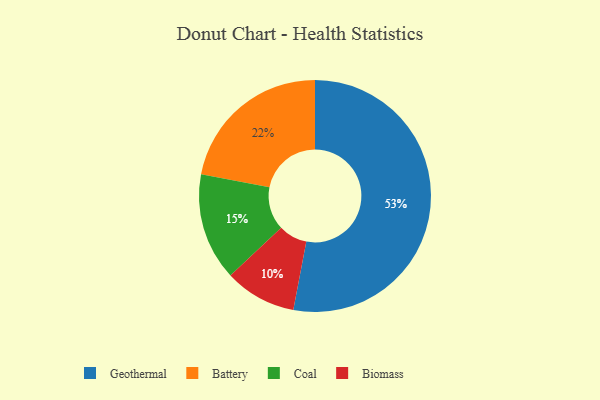
{"axis": {"x": "Category", "y": "Percentage"}, "legend": ["Battery", "Biomass", "Coal", "Geothermal"], "data": [{"x": "Battery", "y": 22, "type": "Battery"}, {"x": "Coal", "y": 15, "type": "Coal"}, {"x": "Biomass", "y": 10, "type": "Biomass"}, {"x": "Geothermal", "y": 53, "type": "Geothermal"}]}